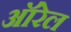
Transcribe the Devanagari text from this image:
ऑरेल